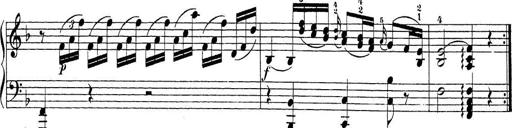
Title: Sonatina Album
Composer: Louis KÃ¶hler